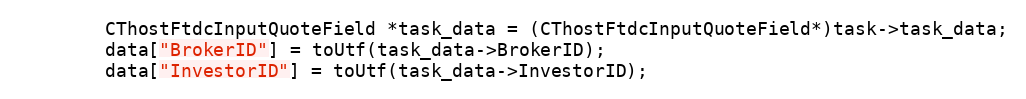
Language: C++
		CThostFtdcInputQuoteField *task_data = (CThostFtdcInputQuoteField*)task->task_data;
		data["BrokerID"] = toUtf(task_data->BrokerID);
		data["InvestorID"] = toUtf(task_data->InvestorID);